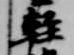
軽